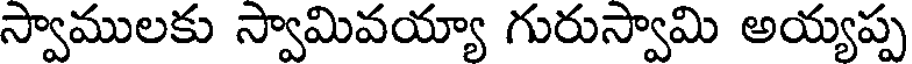
స్వాములకు స్వామివయ్యా గురుస్వామి అయ్యప్ప